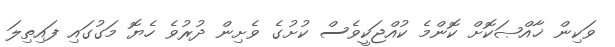
ވަކިން ޚާއްޞަކޮށް ކޮންމެ ކުއްޖަކީވެސް ކުށުގެ ވެށިން ދުރުވެ ހެޔޮ މަގުގައި ފައިތިލަ